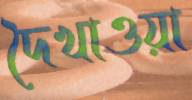
দৈখাওয়া